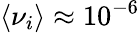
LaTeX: \langle\nu_{i}\rangle\approx 10^{-6}